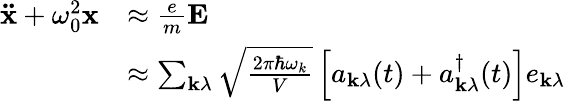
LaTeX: {\begin{array}{rl}{\mathbf{\ddot{x}}+\omega_{0}^{2}\mathbf{x}}&{\approx{\frac{e}{m}}\mathbf{E}}\\ &{\approx\sum_{\mathbf{k}\lambda}{\sqrt{\frac{2\pi\hbar\omega_{k}}{V}}}\left[a_{\mathbf{k}\lambda}(t)+a_{\mathbf{k}\lambda}^{\dagger}(t)\right]e_{\mathbf{k}\lambda}}\end{array}}